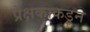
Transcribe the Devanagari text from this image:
प्रेक्षकाकडून